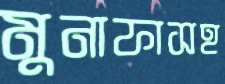
মুনাফাসহ